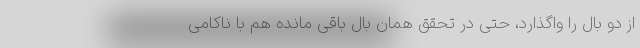
از دو بال را واگذارد، حتی در تحقق همان بال باقی مانده هم با ناکامی